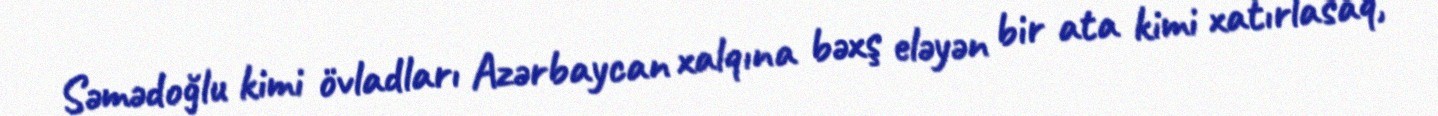
Səmədoğlu kimi övladları Azərbaycan xalqına bəxş eləyən bir ata kimi xatırlasaq,